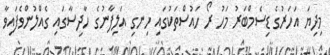
މިދިޔަ އަހަރުގެ ޑިސެމްބަރު މަހު ރޯ ހައުސްތަކުގައި ހިނގި އަލިފާނުގެ ހާދިސާގައި ގެއްލުންވެފައިވާ